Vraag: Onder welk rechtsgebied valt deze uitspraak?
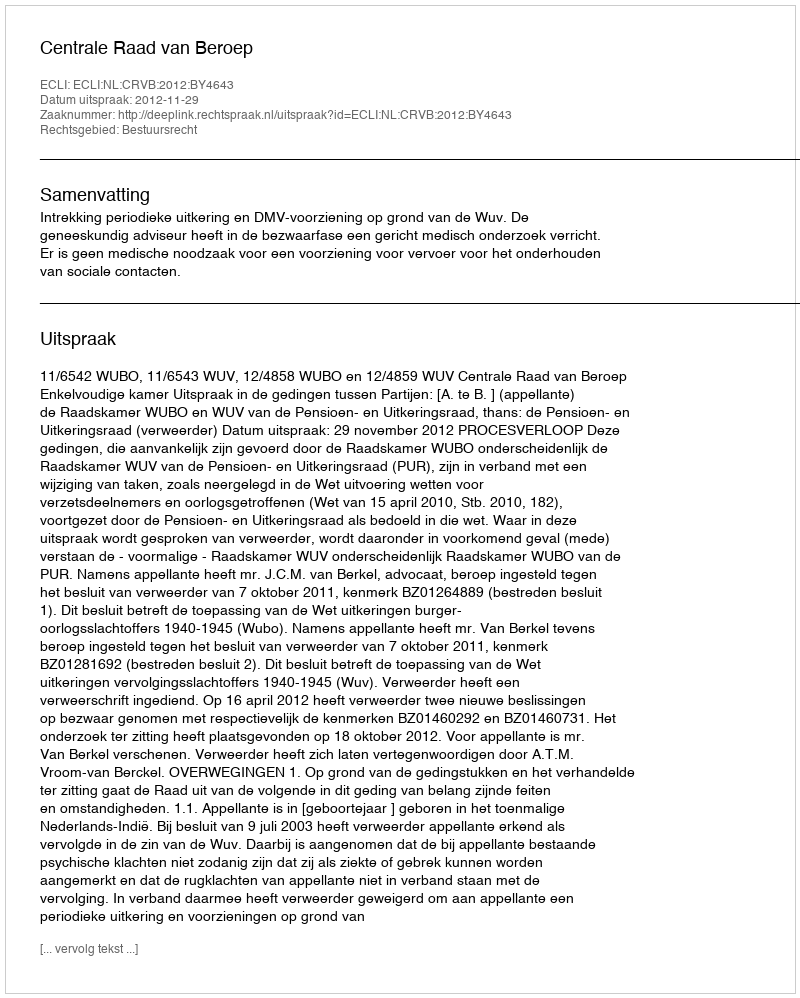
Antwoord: Bestuursrecht